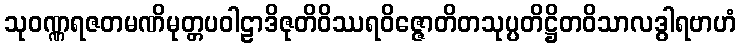
သုဝဏ္ဏရဇတမဏိမုတ္တပဝါဠာဒိဇုတိဝိဿရဝိဇ္ဇောတိတသုပ္ပတိဋ္ဌိတဝိသာလဒွါရဗာဟံ